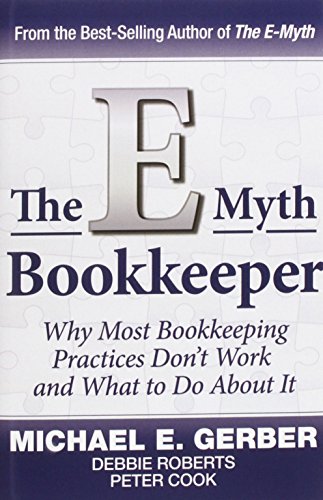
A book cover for The E-Myth Bookkeeper; Michael E. Gerber; Business & Money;